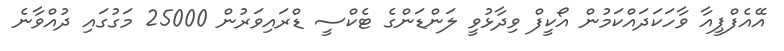
އޭއެފްޕީއާ ވާހަކަދައްކަމުން އޯކީފް ވިދާޅުވީ ލަންޑަންގެ ޓެކްސީ ޑްރައިވަރުން 25000 މަގުގައި ދުއްވާނެ